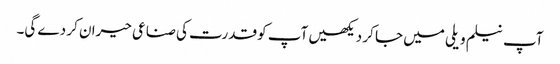
آپ نیلم ویلی میں جا کر دیکھیں آپ کو قدرت کی صناعی حیران کر دے گی۔